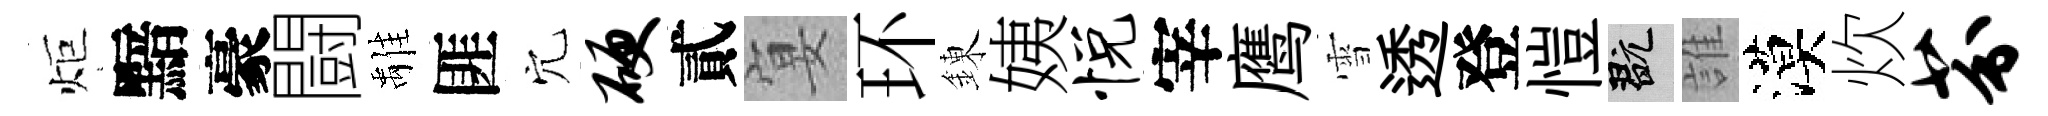
炬黯豪闘𩀌匪穴硬貳宴环錬姨悦宰鹰雪透登愷玩誰漠炊芬